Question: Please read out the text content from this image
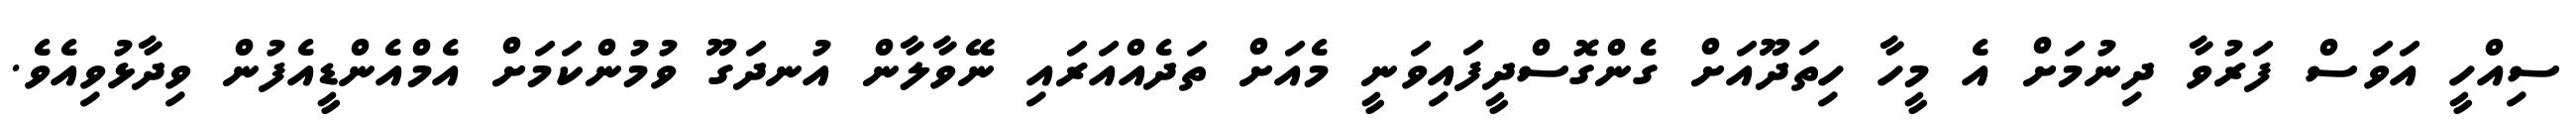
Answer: ސިއްހީ އަވަސް ފަރުވާ ދިނުމަށް އެ މީހާ ހިތަދޫއަށް ގެންގޮސްދީފައިވަނީ މެއަށް ތަދެއްއަރައި ނޭވާލާން އުނދަގޫ ވުމުންކަމަށް އެމްއެންޑީއެފުން ވިދާޅުވިއެވެ.